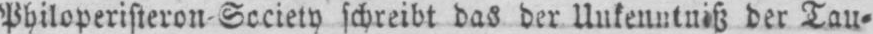
Philoperisteron-Society schreibt das der Unkenntniß der Tau⸗